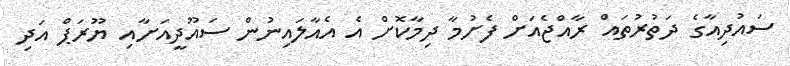
ސައުދިއާގެ ދަތުރުތައް ރާއްޖެއަށް ފެށުމާ ދިމާކޮށް އެ އެއާލައިނުން ސައޫދީއަށާއި ޔޫރަޕް އަދި